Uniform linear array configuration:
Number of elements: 8
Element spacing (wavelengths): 0.25
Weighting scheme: exponential
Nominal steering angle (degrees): -15
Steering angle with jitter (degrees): -15.088
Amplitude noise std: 0.05
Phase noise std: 0.05

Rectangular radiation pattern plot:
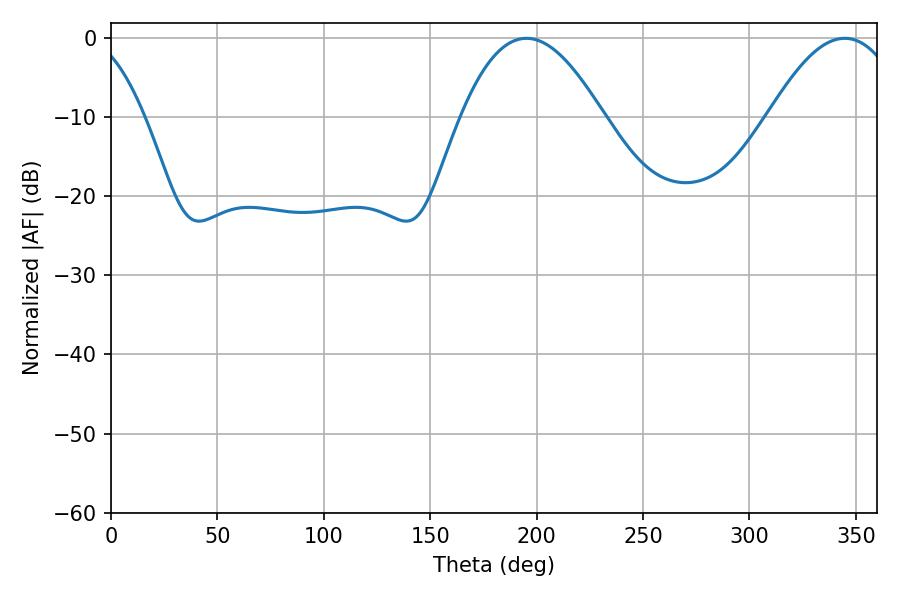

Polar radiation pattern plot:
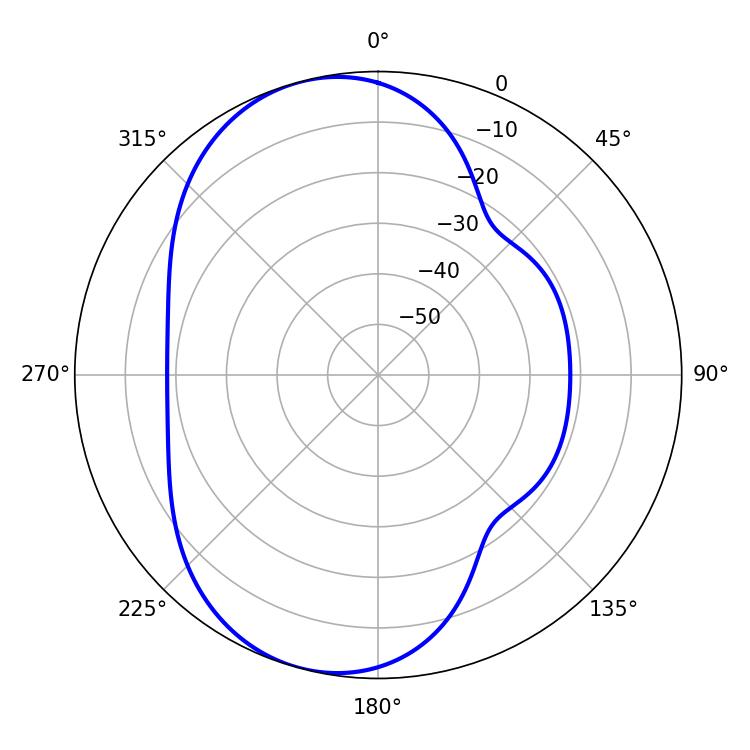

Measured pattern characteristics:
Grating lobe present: FALSE
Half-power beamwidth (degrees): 36.36
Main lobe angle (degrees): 195.3